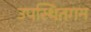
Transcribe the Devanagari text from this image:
उपस्थितगन